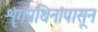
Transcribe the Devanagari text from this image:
शृंगप्रथिनांपासून